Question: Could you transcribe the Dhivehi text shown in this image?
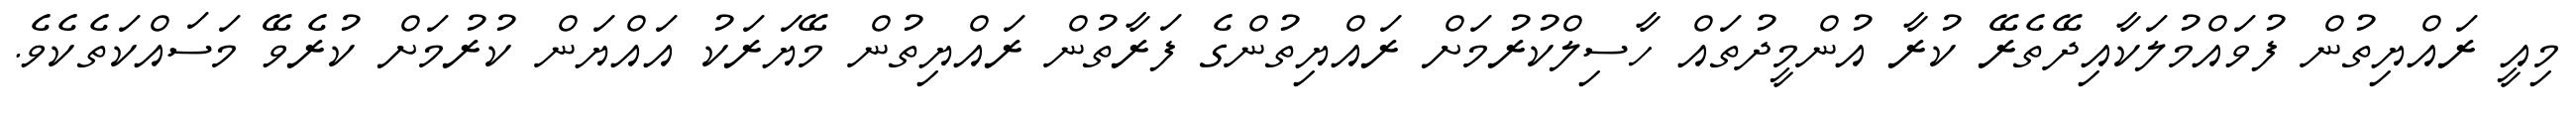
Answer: މިއީ ރައްޔިތުން ފުވައްމުލަކާއިދޭތެރޭ ކުރާ އުންމީދުތައް ހާސިލްކުރުމަށް ރައްޔިތުންގެ ފަރާތުން ރައްޔިތުން މޭޔަރަކު އައްޔަން ކުރުމަށް ކުރެވޭ މަސައްކަތެކެވެ.